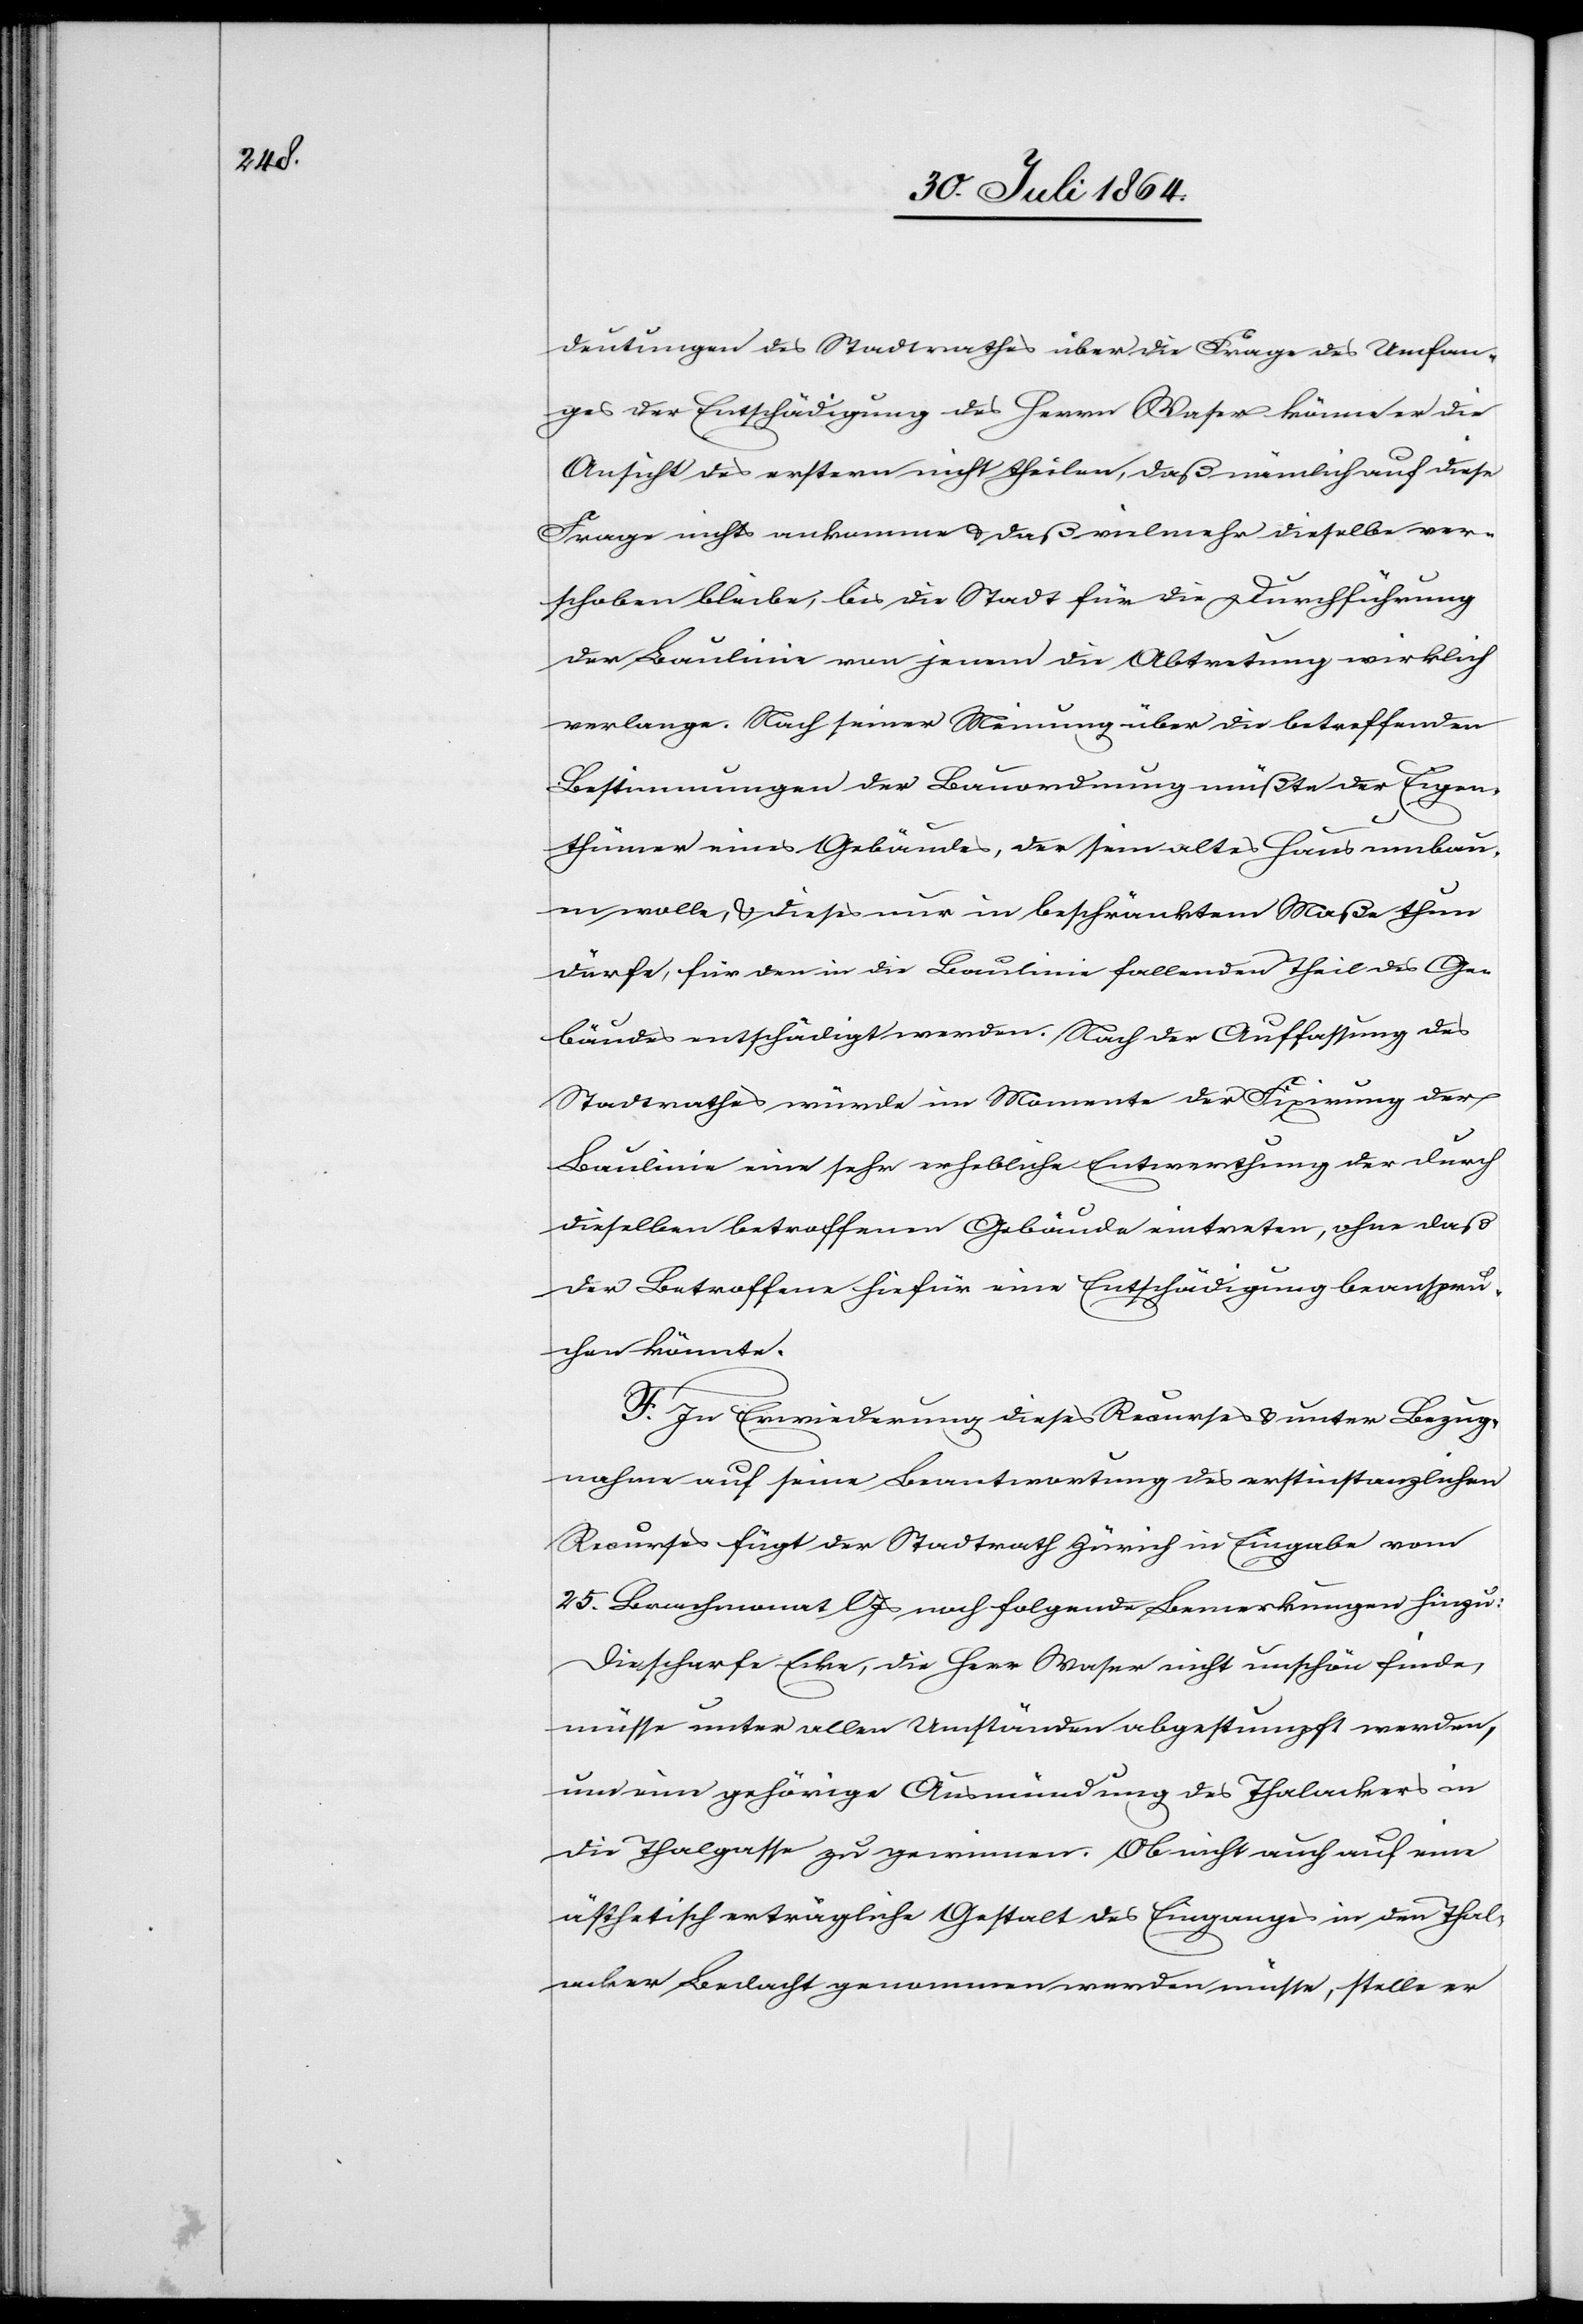
deutungen des Stadtrathes über die Frage des Umfan¬
ges der Entschädigung des Herrn Waser könne er die
Ansicht des erstern nicht theilen, daß nämlich auf diese
Frage nichts ankomme & daß vielmehr dieselbe ver¬
schoben bleibe, bis die Stadt für die Durchführung
der Baulinie von jenem die Abtretung wirklich
verlange. Nach seiner Meinung über die betreffenden
Bestimmungen der Bauordnung müßte der Eigen¬
thümer eines Gebäudes, der sein altes Haus umbau¬
en wolle, & dieses nur in beschränktem Maße thun
dürfe, für den in die Baulinie fallenden Theil des Ge¬
bäudes entschädigt werden. Nach der Auffassung des
Stadtrathes würde im Momente der Fixirung der
Baulinie eine sehr erhebliche Entwerthung der durch
dieselben betroffenen Gebäude eintreten, ohne daß
die Betroffenen hiefür eine Entschädigung beanspru¬
chen könnte.
F. Zur Erwiederung dieses Recurses & unter Bezug¬
nahme auf seine Beantwortung des erstinstanzlichen
Recurses fügt der Stadtrath Zürich in Eingabe vom
25. Brachmonat l. Js. nachfolgende Bemerkung hinzu:
Die scharfe Ecke, die Herr Waser nicht unschön finde,
müsse unter allen Umständen abgestumpft werden,
um eine gehörige Ausmündung des Thalackers in
die Thalgasse zu gewinnen. Ob nicht auch auf eine
ästhetisch erträgliche Gestalt des Einganges in den Thal¬
acker Bedacht genommen werden müsse, stelle er